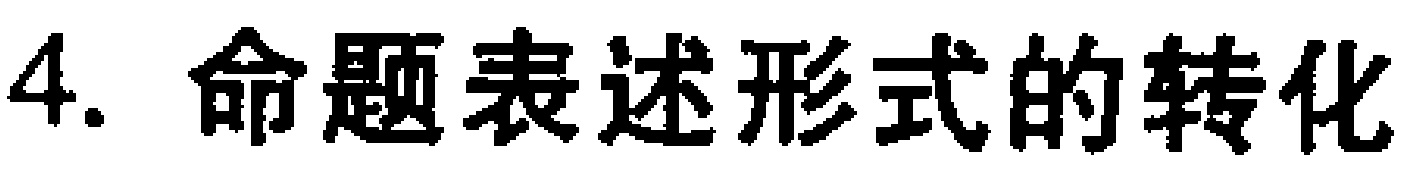
4. 命题表述形式的转化